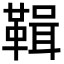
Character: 䩰